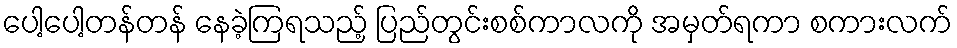
ပေါ့ပေါ့တန်တန် နေခဲ့ကြရသည့် ပြည်တွင်းစစ်ကာလကို အမှတ်ရကာ စကားလက်